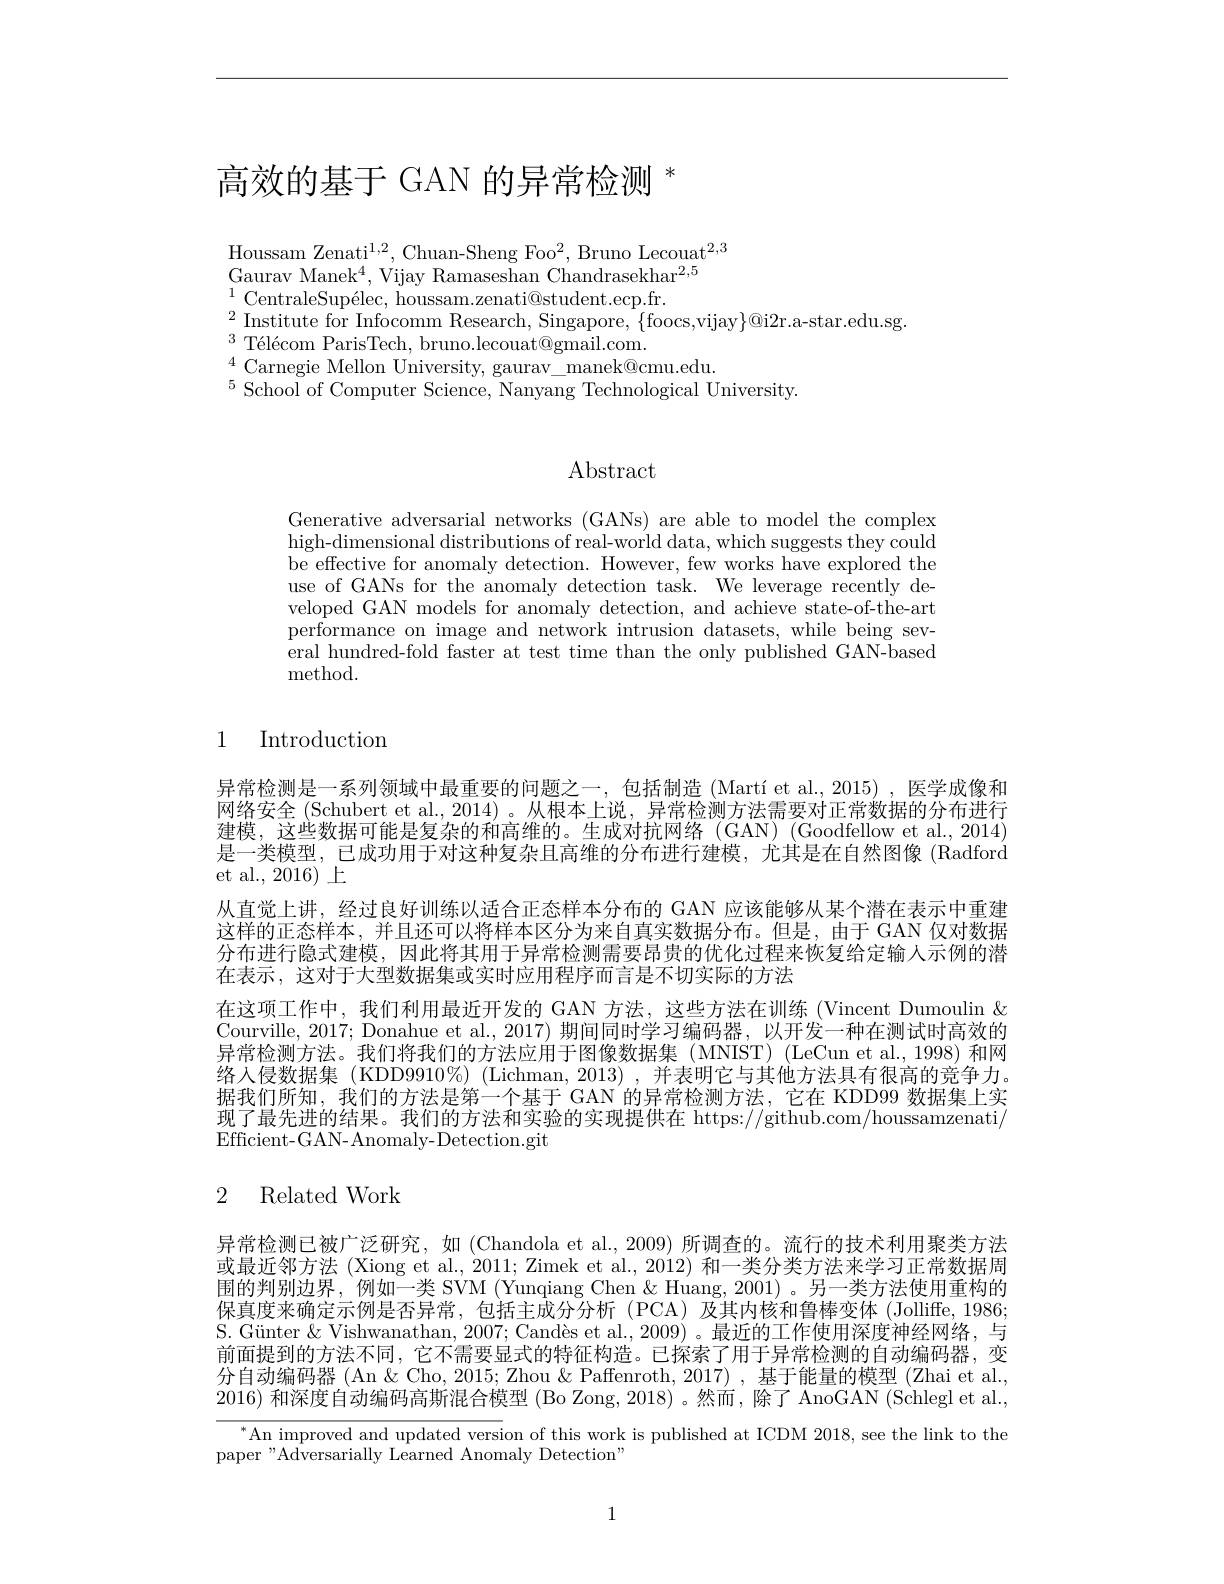
# 高效的基于 GAN 的异常检测$^*$

$\mathrm{Houssam~Zenati}^{1,2}$, Chuan-Sheng Foo$^2$, Bruno Lecouat$^2,3$
Gaurav Manek$^4$, Vijay Ramaseshan Chandrasekhar$^{2,5}$
$\begin{array}{c}{1}&{\text{CentraleSupélec, houssam.zenati@student.ecp.fr.}}\\{2}&{\mathrm{T}}\end{array}$

$^2$ Institute for Infocomm Research, Singapore, $\{$foocs,vijay$\}@$i2r.a-star.edu.sg.
$^{3}$ Télécom ParisTech, bruno.lecouat@gmail.com.
$^{4}$Carnegie Mellon University, gaurav\_manek@cmu.edu.
$^{5}$School of Computer Science, Nanyang Technological University.

# Abstract

Generative adversarial networks (GANs) are able to model the complex high-dimensional distributions of real-world data, which suggests they could be effective for anomaly detection. However, few works have explored the use of GANs for the anomaly detection task. We leverage recently developed GAN models for anomaly detection, and achieve state-of-the-art performance on image and network intrusion datasets, while being several hundred-fold faster at test time than the only published GAN-based method.

1 Introduction

异常检测是一系列领域中最重要的问题之一，包括制造(Martíet al.,2015),医学成像和网络安全 (Schubert et al., 2014)。从根本上说，异常检测方法需要对正常数据的分布进行建模，这些数据可能是复杂的和高维的。生成对抗网络(GAN)(Goodfellow et al.,2014) 是一类模型，已成功用于对这种复杂且高维的分布进行建模，尤其是在自然图像(Radford et al., 2016) 上
从直觉上讲，经过良好训练以适合正态样本分布的 GAN 应该能够从某个潜在表示中重建这样的正态样本，并且还可以将样本区分为来自真实数据分布。但是，由于 GAN 仅对数据分布进行隐式建模，因此将其用于异常检测需要昂贵的优化过程来恢复给定输人示例的潜在表示，这对于大型数据集或实时应用程序而言是不切实际的方法
在这项工作中，我们利用最近开发的 GAN 方法，这些方法在训练 (Vincent Dumoulin & Courville, 2017; Donahue et al., 2017) 期间同时学习编码器，以开发一种在测试时高效的异常检测方法。我们将我们的方法应用于图像数据集 (MNIST) (LeCun et al., 1998) 和网络人侵数据集 (KDD9910%) (Lichman, 2013) ,并表明它与其他方法具有很高的竞争力。据我们所知，我们的方法是第一个基于 GAN 的异常检测方法，它在 KDD99 数据集上实现了最先进的结果。我们的方法和实验的实现提供在 https://github.com/houssamzenati/ Efficient- GAN- Anomaly- Detection.git

# 2 Related Work

异常检测已被广泛研究，如 (Chandola et al.,2009) 所调查的。流行的技术利用聚类方法或最近邻方法 (Xiong et al., 2011; Zimek et al., 2012) 和一类分类方法来学习正常数据周围的判别边界，例如一类 SVM (Yunqiang Chen & Huang, 2001)。另一类方法使用重构的保真度来确定示例是否异常，包括主成分分析(PCA)及其内核和鲁棒变体(Jolliffe,1986; S. Günter & Vishwanathan, 2007; Candès et al., 2009) 。最近的工作使用深度神经网络，与前面提到的方法不同，它不需要显式的特征构造。已探索了用于异常检测的自动编码器，变分自动编码器 (An &Cho, 2015; Zhou &Paffenroth, 2017) , 基于能量的模型 (Zhai et al., 2016)和深度自动编码高斯混合模型 (Bo Zong, 2018) 。然而，除了 AnoGAN (Schlegl et al.,

$^{*}$An improved and updated version of this work is published at ICDM 2018, see the link to the

paper"Adversarially Learned Anomaly Detection"

1